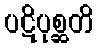
ပဋိပုစ္ဆတိ